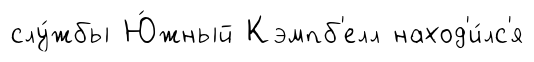
слу́жбы Ю́жный Кэмпб'елл наход'и́лс'я